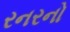
રનરનો